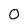
Character: 0